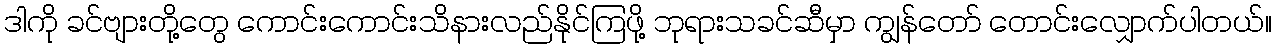
ဒါကို ခင်ဗျားတို့တွေ ကောင်းကောင်းသိနားလည်နိုင်ကြဖို့ ဘုရားသခင်ဆီမှာ ကျွန်တော် တောင်းလျှောက်ပါတယ်။